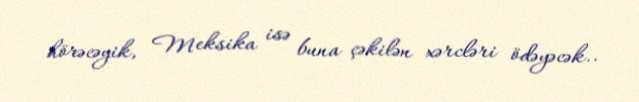
hörəcəyik, Meksika isə buna çəkilən xərcləri ödəyəcək..